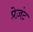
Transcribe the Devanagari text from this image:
प्रेज़ंट